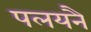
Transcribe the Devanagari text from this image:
पलयनै